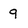
Character: 9